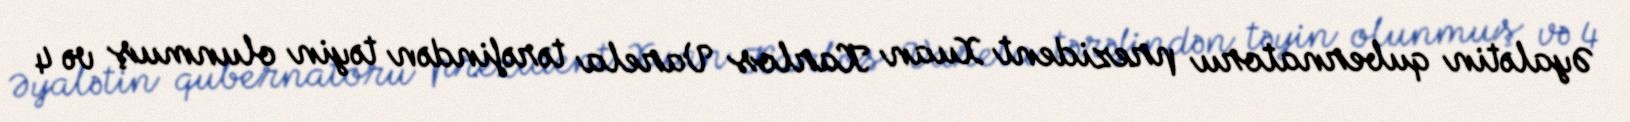
Əyalətin qubernatoru prezident Xuan Karlos Varela tərəfindən təyin olunmuş və 4